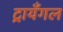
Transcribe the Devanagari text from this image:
ट्रायँगल